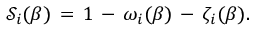
\mathcal { S } _ { i } ( \beta ) \, = \, 1 \, - \, \omega _ { i } ( \beta ) \, - \, \zeta _ { i } ( \beta ) .